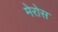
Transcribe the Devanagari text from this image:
मेरोस